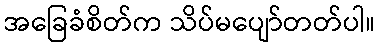
အခြေခံစိတ်က သိပ်မပျော်တတ်ပါ။